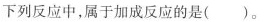
下列反应中，属于加成反应的是( )。